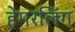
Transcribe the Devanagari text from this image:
हेमरलिंग